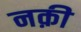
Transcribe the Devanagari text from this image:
नक़ी